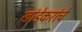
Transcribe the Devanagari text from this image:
खांडेकरांचे